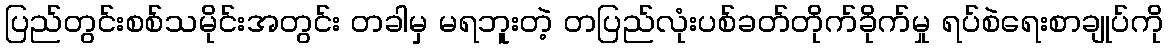
ပြည်တွင်းစစ်သမိုင်းအတွင်း တခါမှ မရဘူးတဲ့ တပြည်လုံးပစ်ခတ်တိုက်ခိုက်မှု ရပ်စဲရေးစာချုပ်ကို